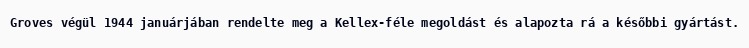
Groves végül 1944 januárjában rendelte meg a Kellex-féle megoldást és alapozta rá a későbbi gyártást.